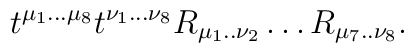
t^{\mu_1...\mu_8}t^{\nu_1...\nu_8}R_{\mu_1..\nu_2}\ldots  R_{\mu_7..\nu_8}.